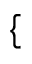
\{